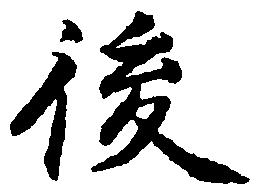
後